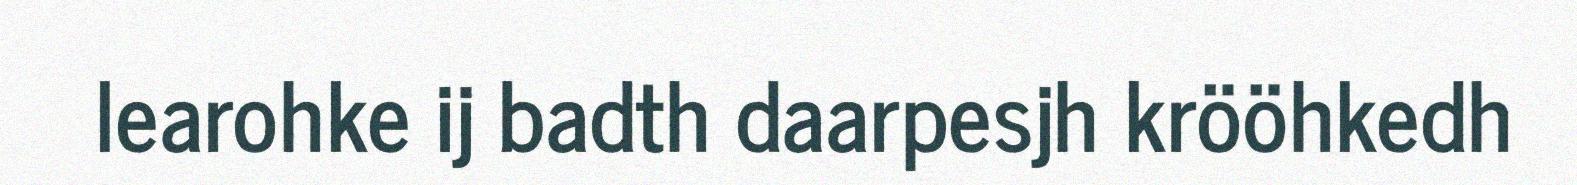
learohke ij badth daarpesjh krööhkedh